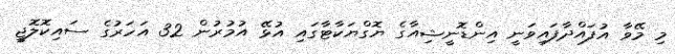
މި މޭވާ އުފައްދާފައިވަނީ އިންޑޮނީޝިއާގެ ޔޮގްޔަކާޓާގައި އުޅޭ އުމުރުން 32 އަހަރުގެ ސައިކޮލޮޖީ